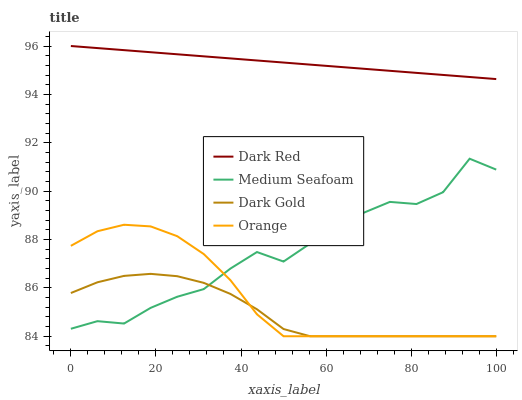
| xaxis_label | Dark Red | Medium Seafoam | Dark Gold | Orange |
 | --- | --- | --- | --- | --- |
 | 0 | 96 | 84.3 | 85.8 | 87.7 |
 | 6.25 | 95.9 | 84.6 | 86.2 | 88.3 |
 | 12.5 | 95.8 | 84.5 | 86.5 | 88.6 |
 | 18.8 | 95.7 | 85.2 | 86.6 | 88.5 |
 | 25 | 95.7 | 85.6 | 86.5 | 88.1 |
 | 31.2 | 95.6 | 85.9 | 86.2 | 87.4 |
 | 37.5 | 95.5 | 86.8 | 85.8 | 86.3 |
 | 43.8 | 95.4 | 87.5 | 85.1 | 84.9 |
 | 50 | 95.3 | 87.1 | 84.3 | 84 |
 | 56.2 | 95.2 | 87.8 | 84 | 84 |
 | 62.5 | 95.1 | 88.4 | 84 | 84 |
 | 68.8 | 95.1 | 89.1 | 84 | 84 |
 | 75 | 95 | 89.6 | 84 | 84 |
 | 81.2 | 94.9 | 89.5 | 84 | 84 |
 | 87.5 | 94.8 | 90 | 84 | 84 |
 | 93.8 | 94.7 | 91.3 | 84 | 84 |
 | 100 | 94.6 | 90.9 | 84 | 84 |